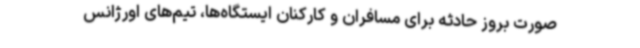
صورت بروز حادثه برای مسافران و کارکنان ایستگاه‌ها، تیم‌های اورژانس